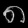
Digit: ၈